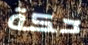
حكة